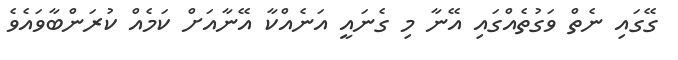
ގޭގައި ނެތް ވަގުތެއްގައި އޭނާ މި ގެނައީ އަނެއްކާ އޭނާއަށް ކަމެއް ކުރަންބާވައެވެ